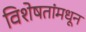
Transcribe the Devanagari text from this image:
विशेषतांमधून